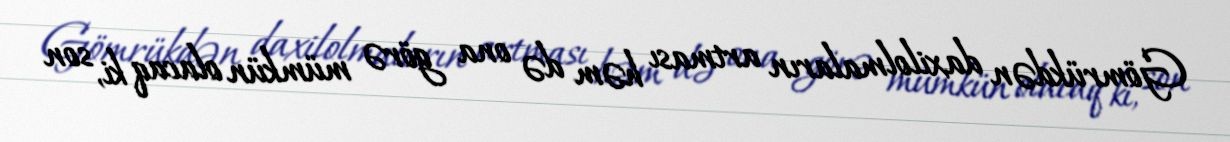
Gömrükdən daxilolmaların artması həm də ona görə mümkün olacaq ki, son